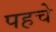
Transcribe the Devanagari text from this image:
पहचे